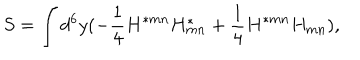
S = \int d ^ { 6 } y ( - { \frac { 1 } { 4 } } H ^ { * m n } H _ { m n } ^ { * } + { \frac { 1 } { 4 } } H ^ { * m n } H _ { m n } ) ,